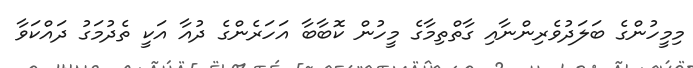
މިމީހުންގެ ބަލަދުވެރިންނާއި ގާތްތިމާގެ މީހުން ކޮބާބާ އަހަރެންގެ ދުއާ އަކީ ތެދުމަގު ދައްކަވާ